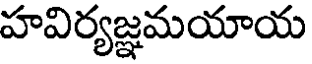
హవిర్యజ్ఞమయాయ